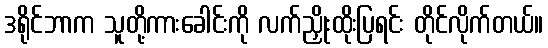
ဒရိုင်ဘာက သူတို့ကားခေါင်းကို လက်ညှိုးထိုးပြရင်း တိုင်လိုက်တယ်။